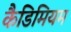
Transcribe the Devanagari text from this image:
कैडिमियम